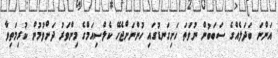
އަންނަ ބަދަލެއްގެ ސަބަބުން ނުވަތަ ހަށިގަނޑުގައި ހުންނަށްޖެހޭ ކެލްސިއަމްގެ މިންވަރު ދަށްވުމުން ކުރިމަތިވާ